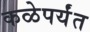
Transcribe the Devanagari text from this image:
कळेपर्यंत